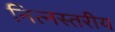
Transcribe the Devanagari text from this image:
नित्नस्तरीय